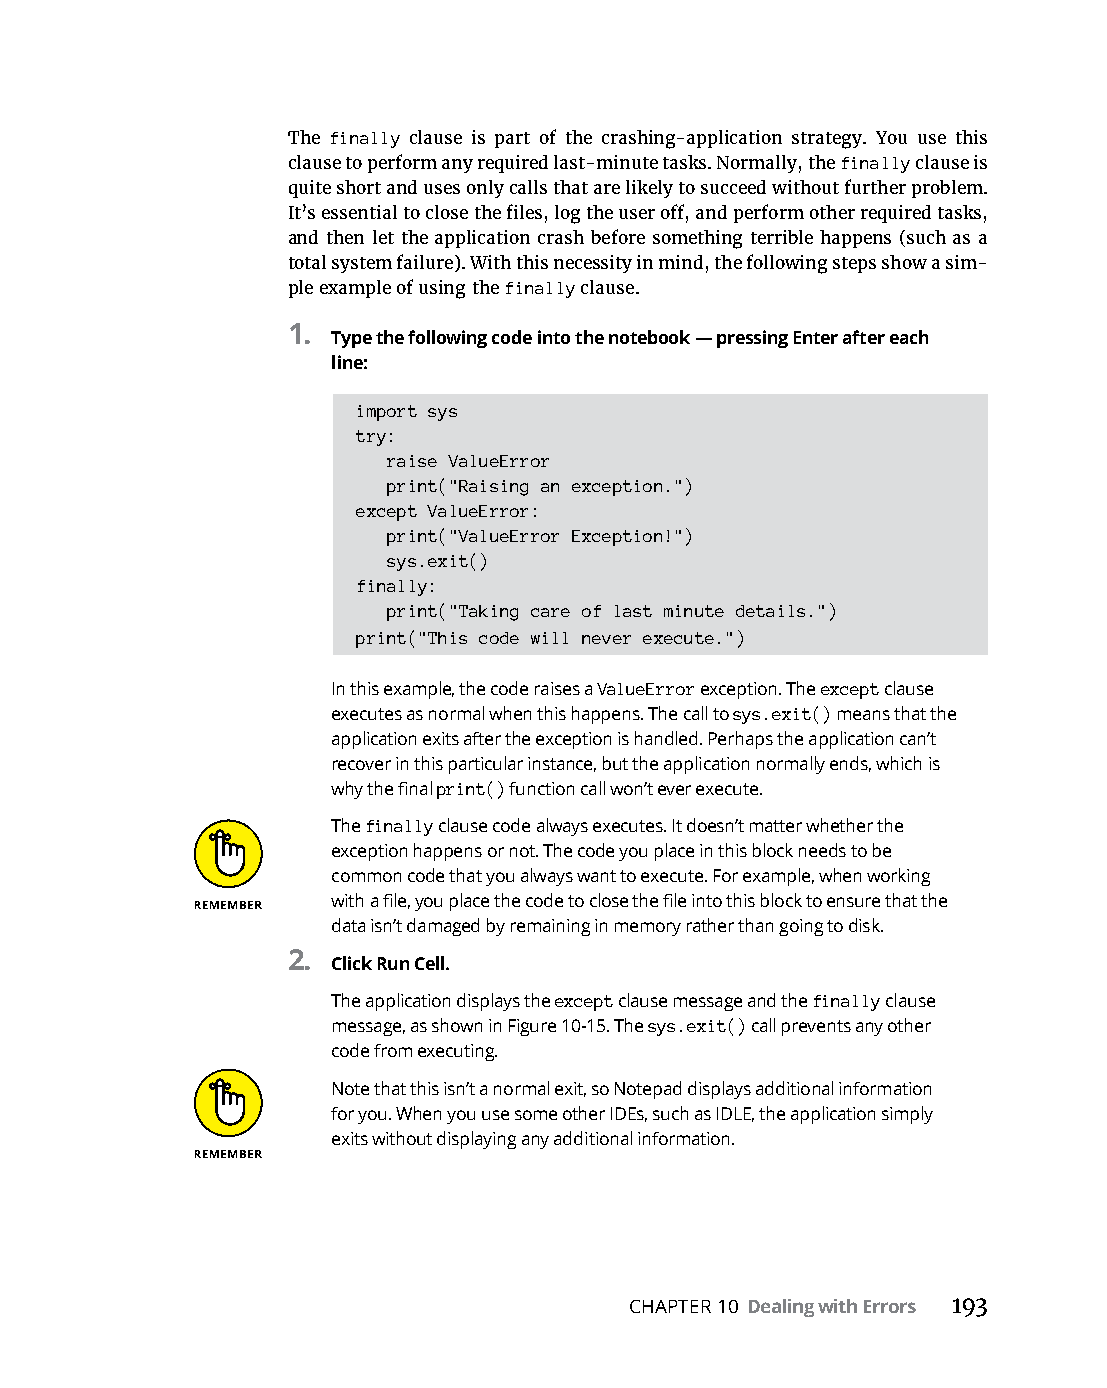
The finally clause is part of the crashing-application strategy. You use this
 clause to perform any required last-minute tasks. Normally, the finally clause is
 quite short and uses only calls that are likely to succeed without further problem.
 It’s essential to close the files, log the user off, and perform other required tasks,
 and then let the application crash before something terrible happens (such as a
 total system failure). With this necessity in mind, the following steps show a sim-
 ple example of using the finally clause.
 1.
 Type the following code into the notebook — pressing Enter after each
 line:
 import sys
 try:
 raise ValueError
 print("Raising an exception.")
 except ValueError:
 print("ValueError Exception!")
 sys.exit()
 finally:
 print("Taking care of last minute details.")
 print("This code will never execute.")
 In this example, the code raises a ValueError exception. The except clause
 executes as normal when this happens. The call to sys.exit() means that the
 application exits after the exception is handled. Perhaps the application can’t
 recover in this particular instance, but the application normally ends, which is
 why the final print() function call won’t ever execute.
 The finally clause code always executes. It doesn’t matter whether the
 exception happens or not. The code you place in this block needs to be
 common code that you always want to execute. For example, when working
 with a file, you place the code to close the file into this block to ensure that the
 data isn’t damaged by remaining in memory rather than going to disk.
 2.
 Click Run Cell.
 The application displays the except clause message and the finally clause
 message, as shown in Figure 10-15. The sys.exit() call prevents any other
 code from executing.
 Note that this isn’t a normal exit, so Notepad displays additional information
 for you. When you use some other IDEs, such as IDLE, the application simply
 exits without displaying any additional information.
 CHAPTER 10 Dealing with Errors 193